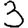
Digit: 3